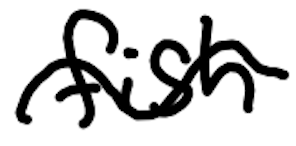
Text: fish
Cross-out: wave
Writing tool: digital_black